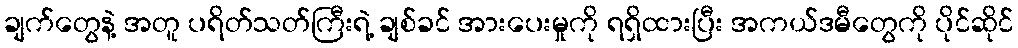
ချက်တွေနဲ့ အတူ ပရိတ်သတ်ကြီးရဲ့ ချစ်ခင် အားပေးမှုကို ရရှိထားပြီး အကယ်ဒမီတွေကို ပိုင်ဆိုင်